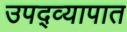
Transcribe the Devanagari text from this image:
उपद्व्यापात